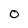
Character: O